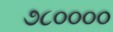
૭૮૦૦૦૦